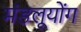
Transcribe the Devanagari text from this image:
मंडलूयोंग